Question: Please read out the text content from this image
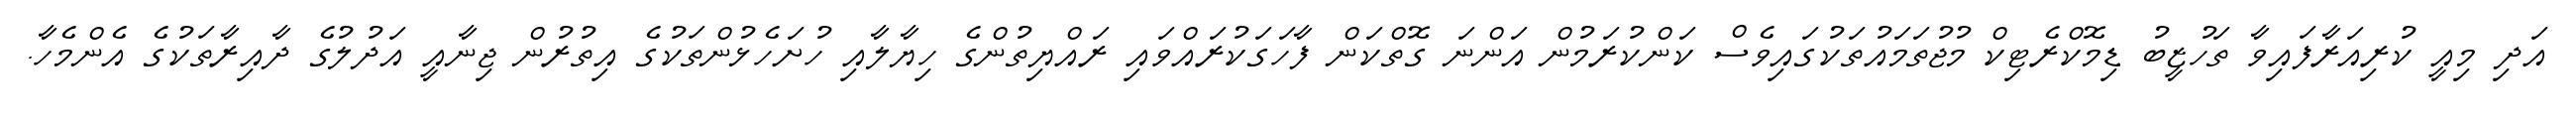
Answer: އަދި މިއީ ކުރިއަރާފައިވާ ތަހުޒީބު ޑިމޮކްރެޓިކް މުޖުތަމައުތަކުގައިވެސް ކަންކުރަމުން އަންނަ ގޮތްކަން ފާހަގަކުރައްވައި ރައްޔިތުންގެ ހިޔާލާއި ހުށަހެޅުންތަކުގެ އިތުރުން ޖިނާއީ އަދުލުގެ ދާއިރާތަކުގެ އެންމެހާ.